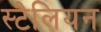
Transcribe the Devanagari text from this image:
स्टैलियन